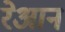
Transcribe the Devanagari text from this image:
रेआन